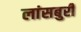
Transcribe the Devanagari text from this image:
लांसबुरी